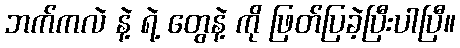
ဘက်ကလဲ နဲ့ ရဲ့ တွေနဲ့ ကို ဖြတ်ပြခဲ့ပြီးပါပြီ။